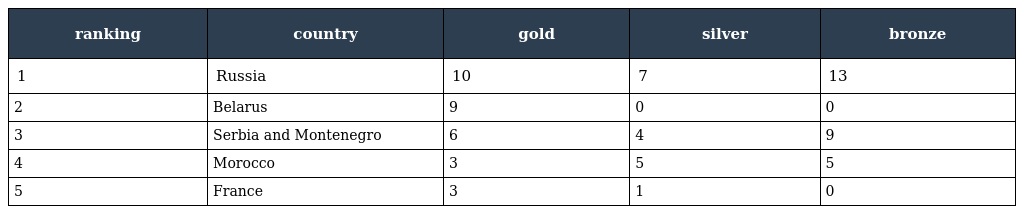
| ranking | country | gold | silver | bronze |
 | --- | --- | --- | --- | --- |
 | 1 | Russia | 10 | 7 | 13 |
 | 2 | Belarus | 9 | 0 | 0 |
 | 3 | Serbia and Montenegro | 6 | 4 | 9 |
 | 4 | Morocco | 3 | 5 | 5 |
 | 5 | France | 3 | 1 | 0 |